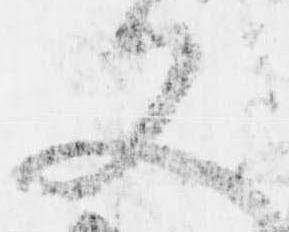
又